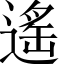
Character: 遙